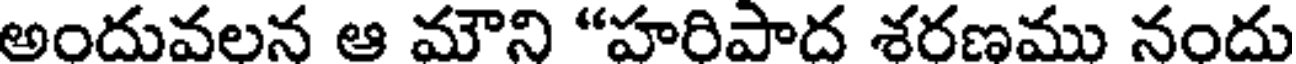
అందువలన ఆ మౌని "హరిపాద శరణము నందు